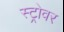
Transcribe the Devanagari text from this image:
स्ट्रोवर